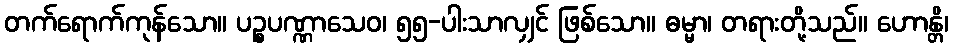
တက်ရောက်ကုန်သော။ ပဉ္စပဏ္ဏာသေဝ၊ ၅၅-ပါးသာလျှင် ဖြစ်သော။ ဓမ္မာ၊ တရားတို့သည်။ ဟောန္တိ၊